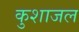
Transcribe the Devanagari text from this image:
कुशाजल